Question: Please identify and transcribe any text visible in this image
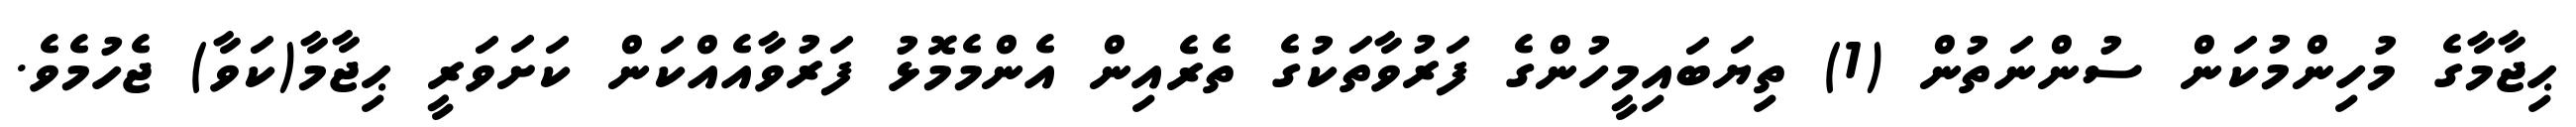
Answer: ޙިޖާމާގެ މުހިންމުކަން ސުންނަތުން (1) ތިޔަބައިމީހުންގެ ފަރުވާތަކުގެ ތެރެއިން އެންމެމޮޅު ފަރުވާއެއްކަން ކަށަވަރީ ޙިޖާމާ(ކަވާ) ޖެހުމެވެ.